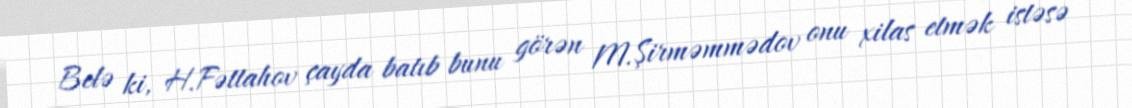
Belə ki, H.Fəttahov çayda batıb bunu görən M.Şirməmmədov onu xilas etmək istəsə